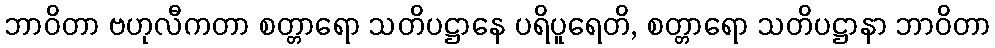
ဘာဝိတာ ဗဟုလီကတာ စတ္တာရော သတိပဋ္ဌာနေ ပရိပူရေတိ, စတ္တာရော သတိပဋ္ဌာနာ ဘာဝိတာ